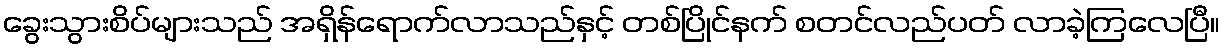
ခွေးသွားစိပ်များသည် အရှိန်ရောက်လာသည်နှင့် တစ်ပြိုင်နက် စတင်လည်ပတ် လာခဲ့ကြလေပြီ။